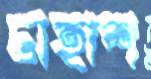
ঢাহাশ